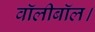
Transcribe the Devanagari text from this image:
वॉलीबॉल।